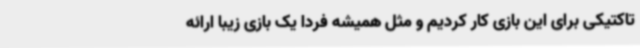
تاکتیکی برای این بازی کار کردیم و مثل همیشه فردا یک بازی زیبا ارائه